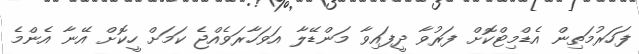
ފަހަރުމަތިން އެޑްމިޓްކޮށް ފަރުވާ ދީފައިވާ މަންޑޭލާ އަވަހާރަވެއްޖެ ކަމަށް ހީކޮށް އޭނާ އެންމެ